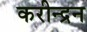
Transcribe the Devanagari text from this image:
करीन्द्रन